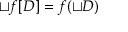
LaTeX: \sqcup f [ D ] = f ( \sqcup D )